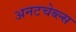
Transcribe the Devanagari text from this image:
अनटचेब्ल्स